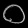
Digit: ၀